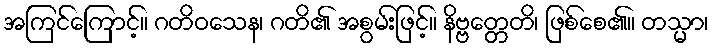
အကြင်ကြောင့်။ ဂတိဝသေန၊ ဂတိ၏ အစွမ်းဖြင့်။ နိဗ္ဗတ္တေတိ၊ ဖြစ်စေ၏။ တသ္မာ၊